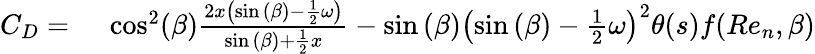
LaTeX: \begin{array}{rl}{C_{D}={}}&{{}\cos^{2}(\beta)\frac{2x\left(\sin{(\beta)}-\frac{1}{2}\omega\right)}{\sin{(\beta)}+\frac{1}{2}x}-\sin{(\beta)}\left(\sin{(\beta)}-\frac{1}{2}\omega\right)^{2}\theta(s)f(Re_{n},\beta)}\end{array}